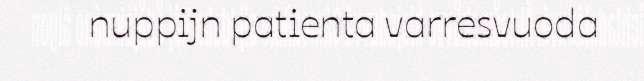
nuppijn patienta varresvuoda